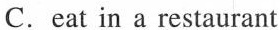
C.eat in a restaurant